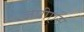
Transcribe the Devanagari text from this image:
जेपीएस